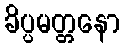
ခိပ္ပမတ္တနော